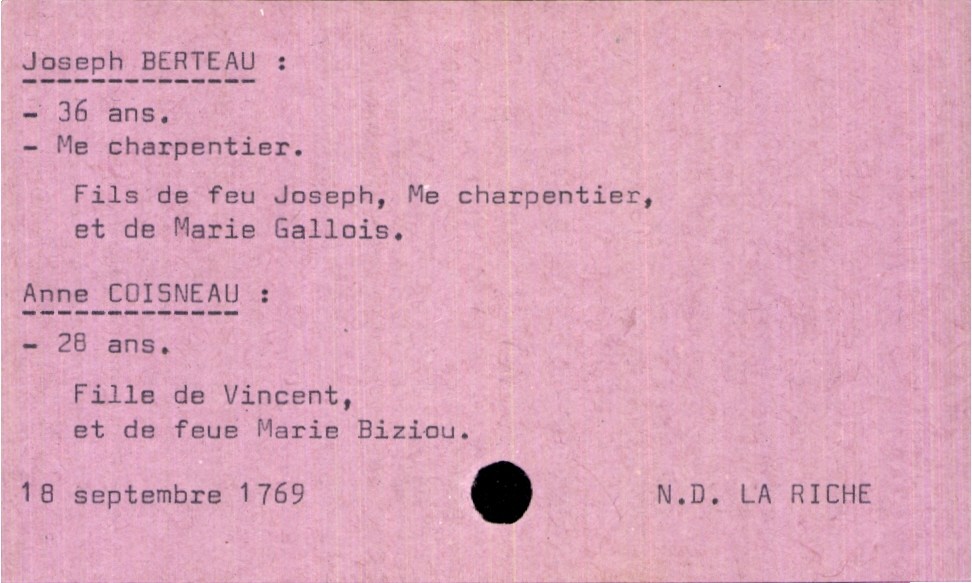
type_acte: Mariage
année: 1679
mois: septembre
jour: 18
paroisse: Notre Dame La Riche
marié_nom: Berteau
marié_prénom: Joseph
marié_âge: 36 ans
marié_profession: maitre charpentier
père_marié_nom: Berteau
père_marié_prénom: Joseph
père_marié_profession: maitre charpentier
père_marié_statut: décédé
mère_marié_nom: Gallois
mère_marié_prénom: Marie
mariée_nom: Coisneau
mariée_prénom: Anne
mariée_âge: 28 ans
père_mariée_nom: Coisneau
père_mariée_prénom: Vincent
mère_mariée_nom: Biziou
mère_mariée_prénom: Marie
mère_mariée_statut: décédée